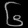
Digit: ၆